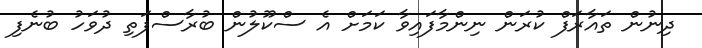
ދިނުން ތައާރަފް ކުރަން ނިންމާފައިވާ ކަމަށް އެ ސްކޫލުން ބުރާސްފަތި ދުވަހު ބުނެފި